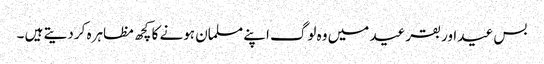
بس عید اور بقر عید میں وہ لوگ اپنے مسلمان ہونے کا کچھ مظاہرہ کر دیتے ہیں ۔